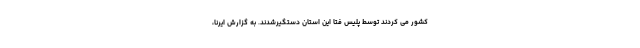
کشور می کردند توسط پلیس فتا این استان دستگیرشدند. به گزارش ایرنا،